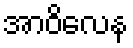
အာဝိလေန